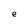
Character: e